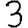
Digit: 3